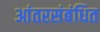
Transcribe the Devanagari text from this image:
आंतरसंबंधित